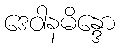
ဒေဝါနမိန္ဒော